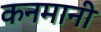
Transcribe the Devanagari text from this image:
कनमानी